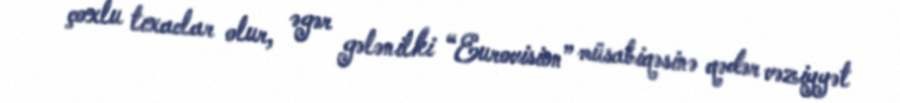
çoxlu tıxaclar olur, əgər gələnilki “Eurovision” müsabiqəsinə qədər vəziyyət